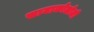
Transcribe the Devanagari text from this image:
सायाकोलोजी